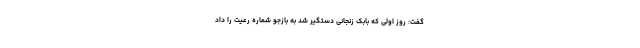
گفت: روز اولی که بابک زنجانی دستگیر شد به بازجو شماره رعیت را داد